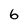
Character: 6